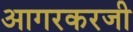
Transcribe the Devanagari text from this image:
आगरकरजी